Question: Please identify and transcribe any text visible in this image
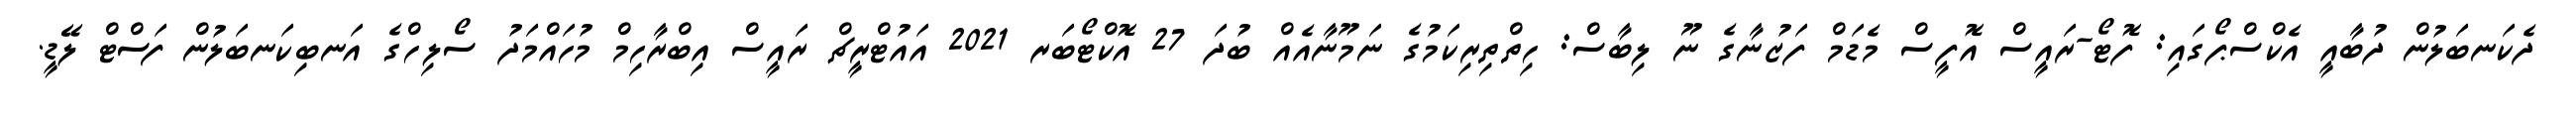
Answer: ދެކަނބަލުން ދުބާއީ އެކްސްޕޯގައި: ފޮޓޯ-ރައީސް އޮފީސް މެޑަމް ފަޒުނާގެ ނޫ ލިބާސް: ހިތްތިރިކަމުގެ ނަމޫނާއެއް ބުދަ 27 އޮކްޓޯބަރ 2021 އައުޓްރީޗް ރައީސް އިބްރާހިމް މުހައްމަދު ސޯލިހްގެ އަނބިކަނބަލުން ފަސްޓް ލޭޑީ.